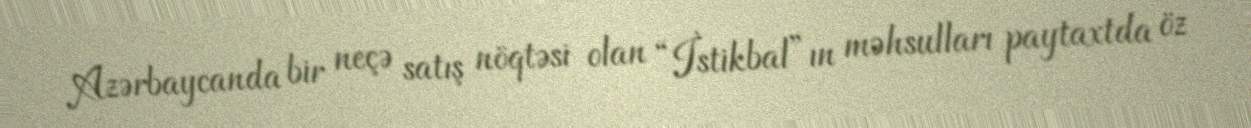
Azərbaycanda bir neçə satış nöqtəsi olan “İstikbal”ın məhsulları paytaxtda öz